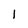
Character: l